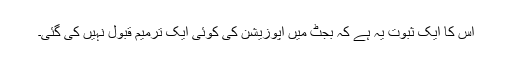
اس کا ایک ثبوت یہ ہے کہ بجٹ میں اپوزیشن کی کوئی ایک ترمیم قبول نہیں کی گئی۔